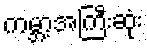
ကမ္ဘာ့အကြီးဆုံး